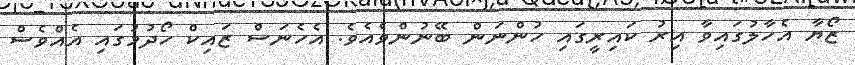
ޒޯޔާ އެހާލުގައިވާ އިރު ކައިރީގައި ހުންނަން ބޭނުންވެއެވެ. އެހެނަސް ޒައިކް ހޯދުމުގައި އެއްވެސް